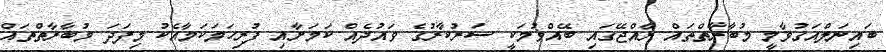
ބައިނަލްއަގުވާމީ މުބާރާތްތައް ރާއްޖޭގައި ބޭއްވުމަކީ ސަރުކާރުގެ ވައުދެއް ކަމަށާއި ފުރިހަމަކަމާއެކު މިފަދަ މުބާރާތްތައް